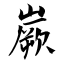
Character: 嶡